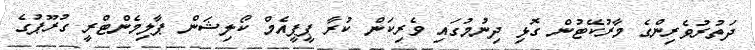
ދަތުރުވެރިންގެ މާރުކޭޓުން ގޮޅި ދިނުމުގައި ވެރިކަން ކުރާ ޕީޕީއެމް ކޯލިޝަން ޕާލިމެންޓްރީ ގުރޫޕުގެ